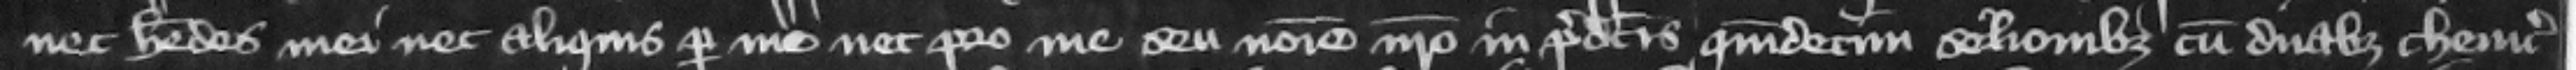
nec heredes mei nec aliquis per me nec pro me seu nomine nostro in predictis quindecim selionibus cum duabus cheuic